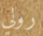
رولي